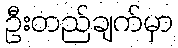
ဦးတည်ချက်မှာ